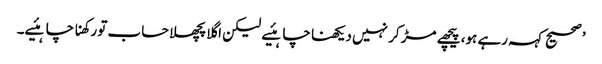
’ صحیح کہہ رہے ہو، پیچھے مڑ کر نہیں دیکھنا چاہئیے لیکن اگلا پچھلا حساب تو رکھنا چاہئیے۔